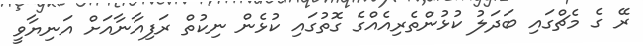
ރޭ ގެ މެޗްގައި ބަދަލު ކުޅުންތެރިއެއްގެ ގޮތުގައި ކުޅެން ނިކުތް ރަފިއާނާއަށް އަނިޔާވީ